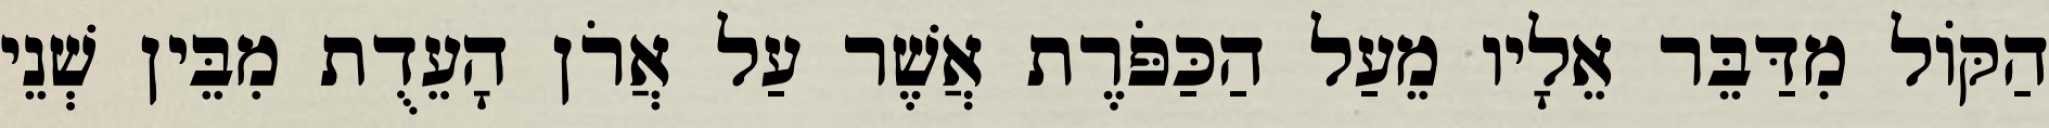
הַקּוֹל מִדַּבֵּר אֵלָיו מֵעַל הַכַּפֹּרֶת אֲשֶׁר עַל אֲרֹן הָעֵדֻת מִבֵּין שְׁנֵי